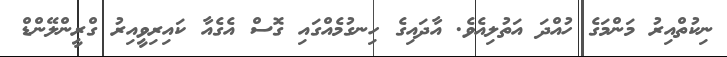
ނިކުތްއިރު މަންމަގެ ހުއްދަ އަތުލިއެވެ. އާދައިގެ ހިނގުމެއްގައި ގޮސް އެގެއާ ކައިރިވީއިރު ގްރީންލޭންޑް